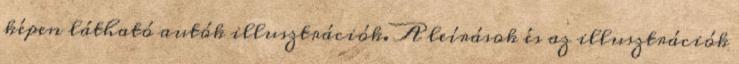
képen látható autók illusztrációk. A leírások és az illusztrációk